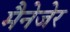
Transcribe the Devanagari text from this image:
मैनेजेर